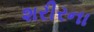
શરીરના